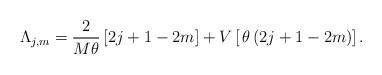
LaTeX: \begin{align*}\Lambda_{j,m} = \frac{2}{M \theta} \left[ 2j+1-2m \right]+ V \left[ \,\theta \, (2j+1-2m)\right].\end{align*}